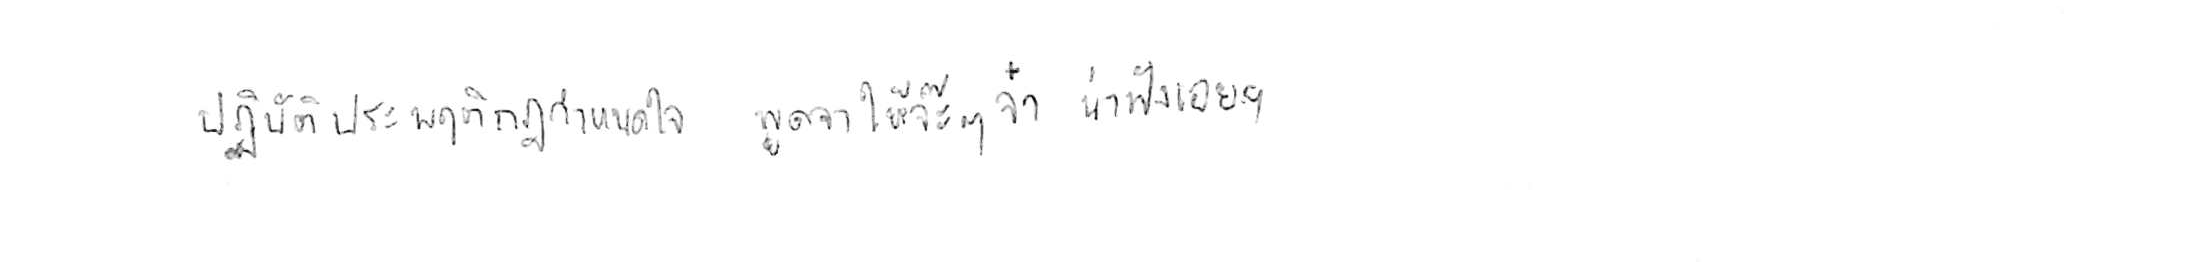
ปฏิบัติประพฤติกฎกำหนดใจ พูดจาให้จ๊ะๆ จ๋า น่าฟังเอยฯ